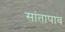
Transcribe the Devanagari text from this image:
सांतापाव